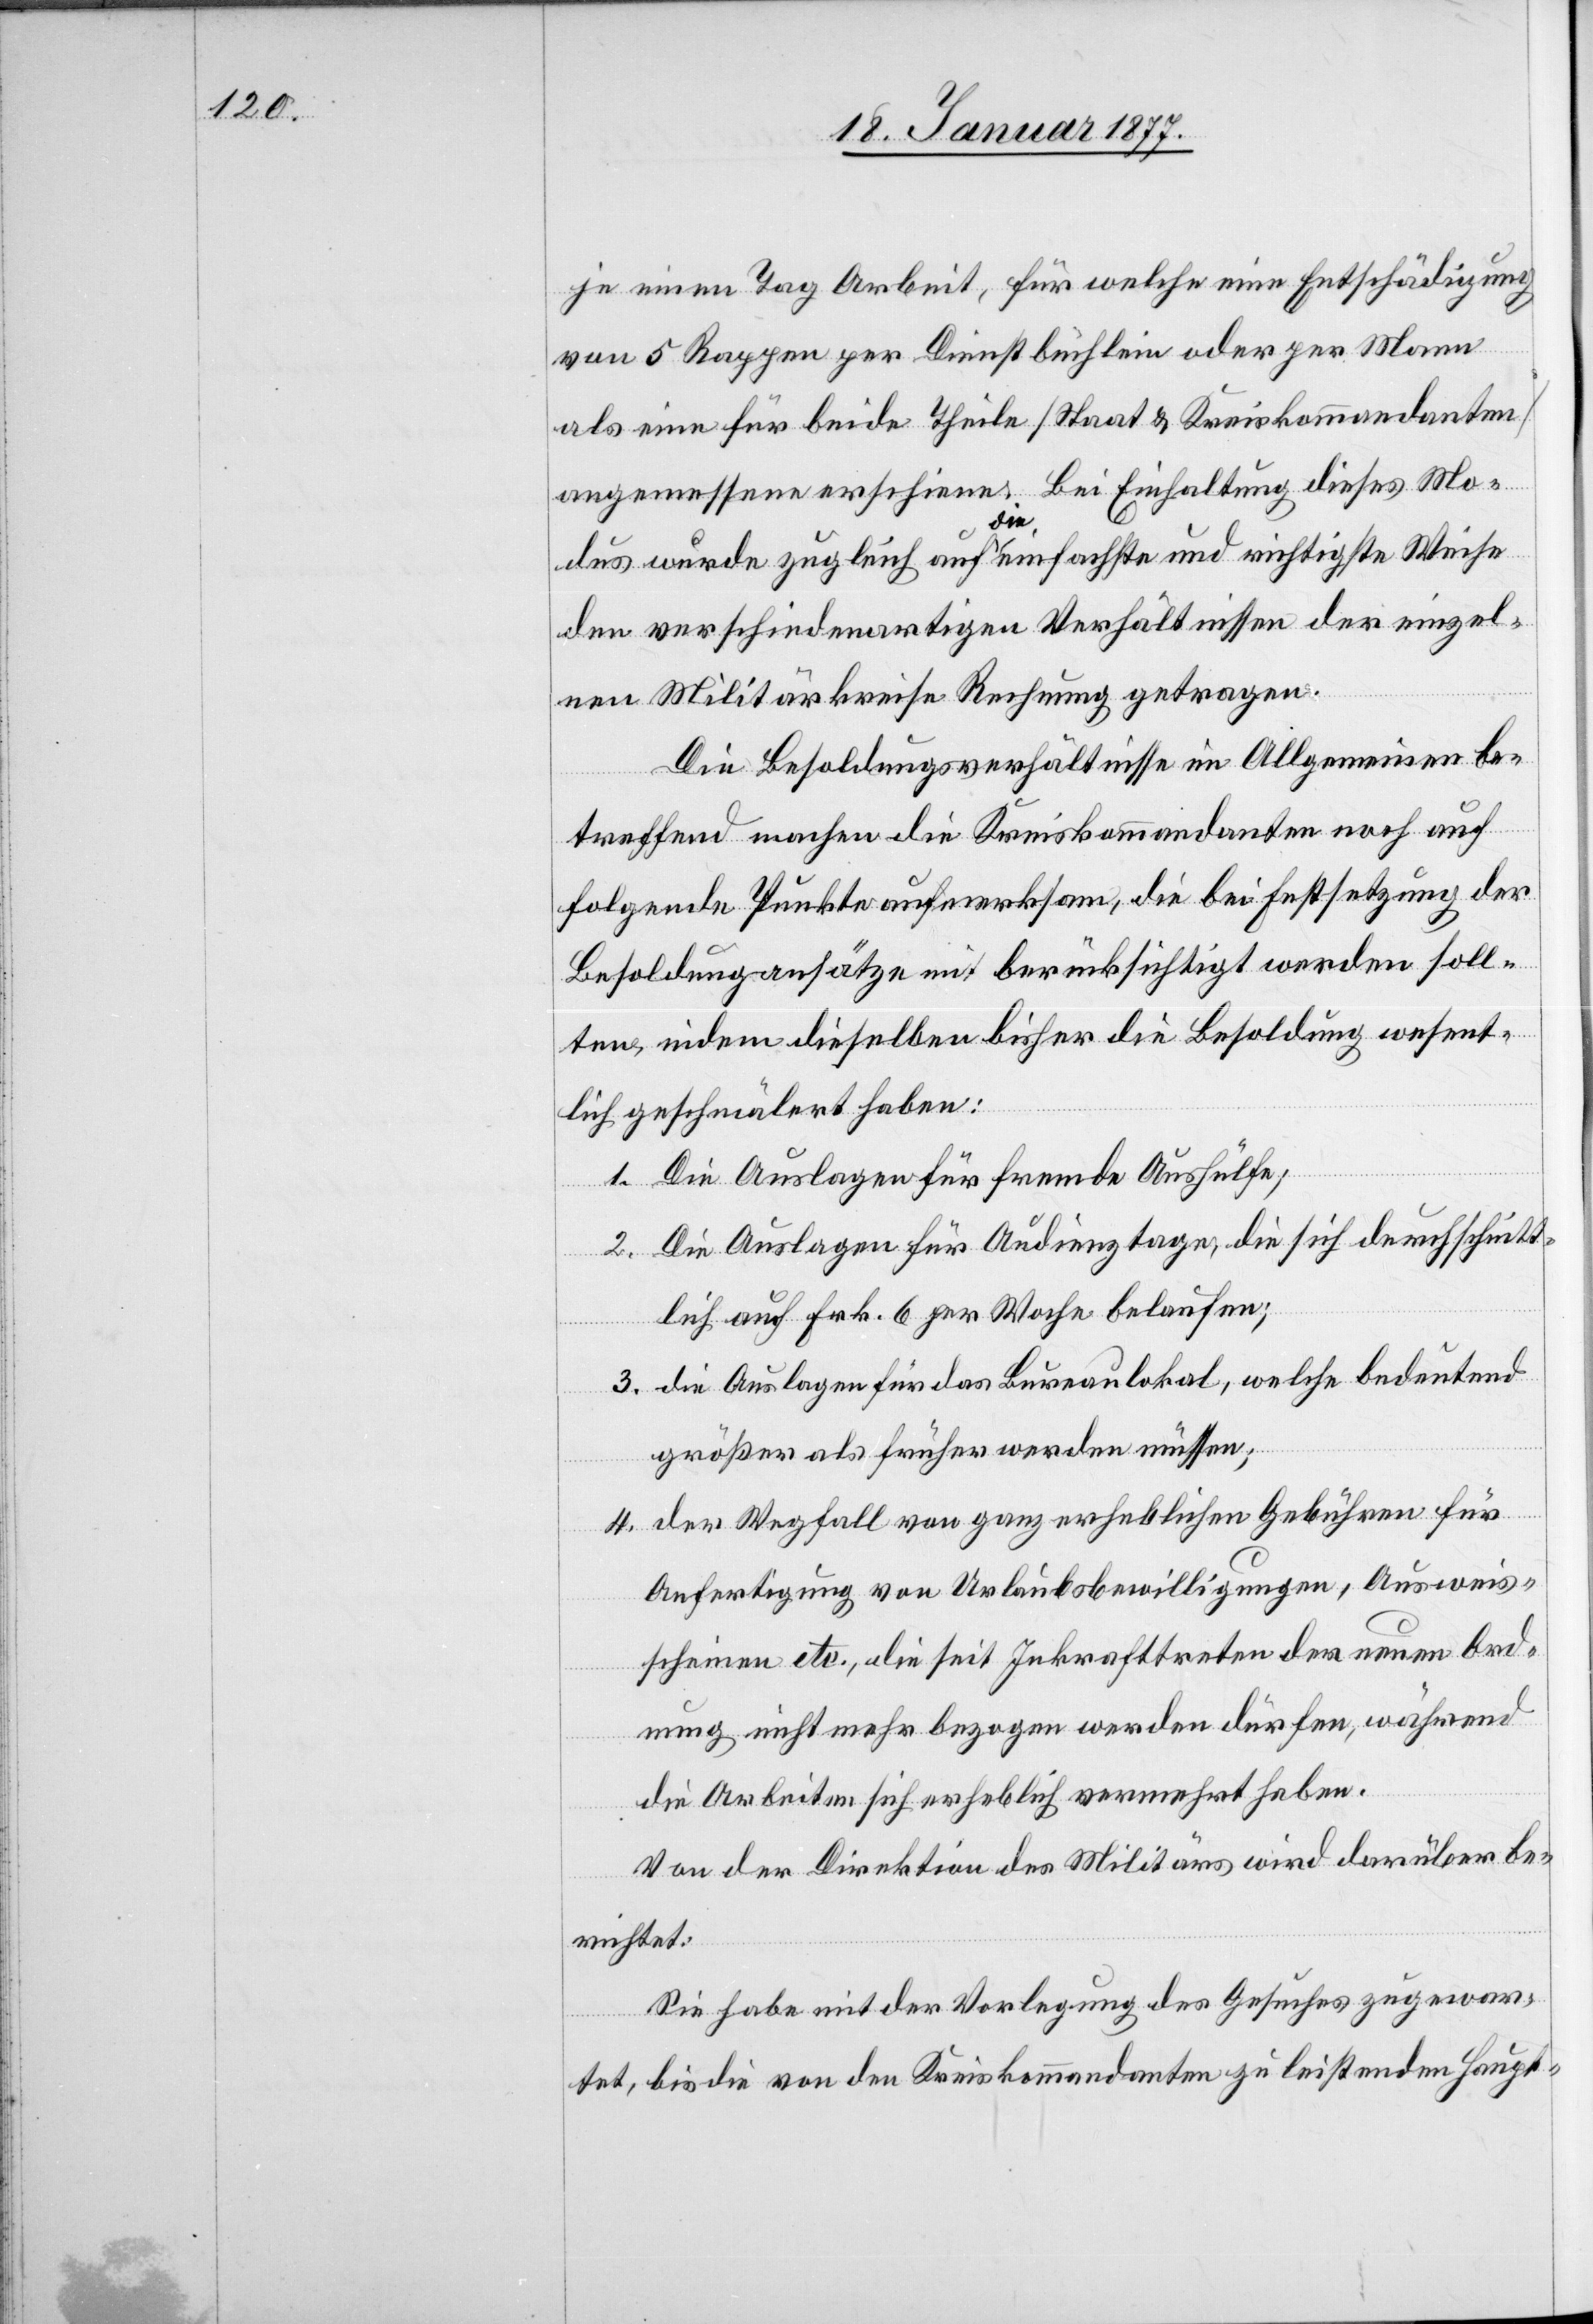
je einen Tag Arbeit, für welche eine Entschädigung
von 5 Rappen per Dienstbüchlein oder per Mann
als eine für beide Theile [Staats & Kreiskommandanten]
angemessene erscheine. Bei Einhaltung dieses Mo¬
dus würde zugleich auf a-die-a einfachste und richtigste Weise
den verschiedenartigen Verhältnissen der einzel¬
nen Militärkreise Rechnung getragen.
Die Besoldungsverhältnisse im Allgemeinen be¬
treffend machen die Kreiskommandanten noch auf
folgende Punkte aufmerksam, die bei Festsetzung der
Besoldungsansätze mit berücksichtigt werden soll¬
ten, indem dieselben bisher die Besoldung wesent¬
lich geschmälert haben:
1. Die Auslagen für fremde Aushülfe;
2. Die Auslagen für Audienztage, die sich durchschnitt¬
lich auf Frk. 6 pro Woche belaufen;
3. die Auslagen für das Bureaulokal, welche bedeutend
größer als früher werden müssen;
4. der Wegfall von ganz erheblichen Gebühren für
Anfertigung von Urlaubsbewilligungen, Ausweis¬
scheinen etc., die seit Inkrafttreten der neuen Ord¬
nung nicht mehr bezogen werden dürfen, während
die Arbeiten sich erheblich vermehrt haben.
Von der Direktion des Militärs wird darüber be¬
richtet:
Sie habe mit der Vorlegung des Gesuches zugewar¬
tet, bis die von den Kreiskommandanten zu leistenden Haupt-